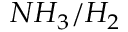
N H _ { 3 } / H _ { 2 }